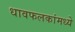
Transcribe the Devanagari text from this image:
धावफलकांमध्ये